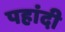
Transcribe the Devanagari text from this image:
पहांदी